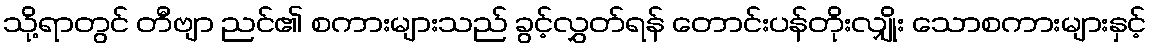
သို့ရာတွင် တီဗျာ ညင်၏ စကားများသည် ခွင့်လွှတ်ရန် တောင်းပန်တိုးလျှိုး သောစကားများနှင့်